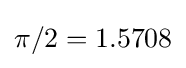
\pi /2=1.5708